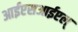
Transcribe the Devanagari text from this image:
आईएसआईएल्